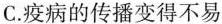
C.疫病的传播变得不易